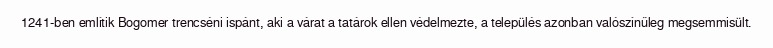
1241-ben említik Bogomer trencséni ispánt, aki a várat a tatárok ellen védelmezte, a település azonban valószínűleg megsemmisült.